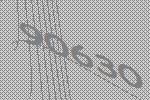
90630